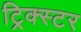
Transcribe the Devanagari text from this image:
ट्रिक्स्टर